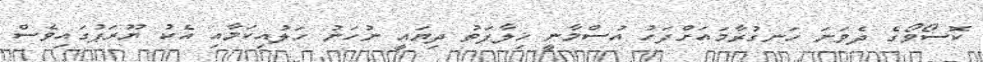
ކޮސޯވޯގެ ދެވަނަ ހަނގުރާމައަށްފަހު އުސްމާނީ ޚިލާފަތު ދިޔައީ ނުހަނު ހަލުއިކަމާއި އެކު ޔޫރަޕުގައިވެސް